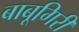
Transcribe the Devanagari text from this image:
बाबूगिरी